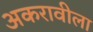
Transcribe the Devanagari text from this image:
अकरावीला